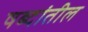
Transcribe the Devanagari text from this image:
षब्दांतील